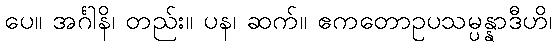
ပေ။ အင်္ဂါနိ၊ တည်း။ ပန၊ ဆက်။ ဧကတောဥပသမ္ပန္နာဒီဟိ၊